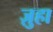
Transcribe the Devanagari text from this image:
ज़ुहा